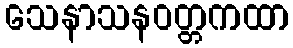
သေနာသနဝတ္တကထာ